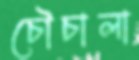
চৌচালা